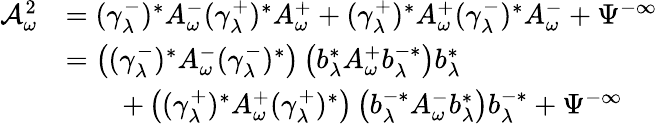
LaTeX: \begin{array}{rl}{\mathcal A_{\omega}^{2}}&{=(\gamma_{\lambda}^{-})^{*}A_{\omega}^{-}(\gamma_{\lambda}^{+})^{*}A_{\omega}^{+}+(\gamma_{\lambda}^{+})^{*}A_{\omega}^{+}(\gamma_{\lambda}^{-})^{*}A_{\omega}^{-}+\Psi^{-\infty}}\\ &{=\left((\gamma_{\lambda}^{-})^{*}A_{\omega}^{-}(\gamma_{\lambda}^{-})^{*}\right)\left(b_{\lambda}^{*}A_{\omega}^{+}b_{\lambda}^{-*}\right)b_{\lambda}^{*}}\\ &{\qquad+\left((\gamma_{\lambda}^{+})^{*}A_{\omega}^{+}(\gamma_{\lambda}^{+})^{*}\right)\left(b_{\lambda}^{-*}A_{\omega}^{-}b_{\lambda}^{*}\right)b_{\lambda}^{-*}+\Psi^{-\infty}}\end{array}